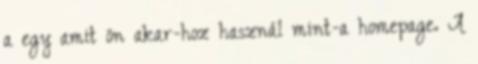
a egy amit ön akar-hoz használ mint-a homepage. A